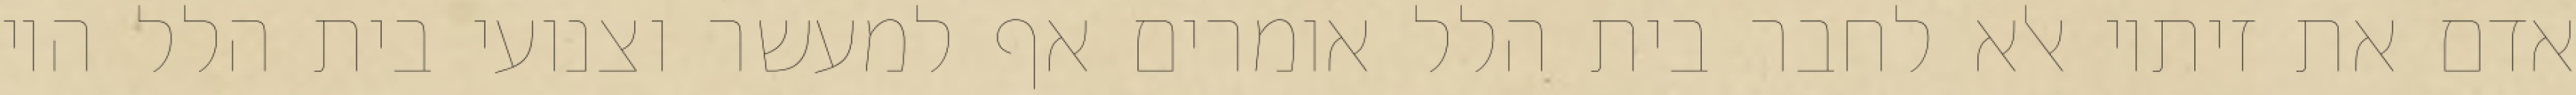
אדם את זיתיו אלא לחבר בית הלל אומרים אף למעשר וצנועי בית הלל היו